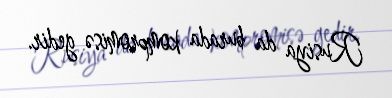
Rusiya da burada kompromisə gedir.